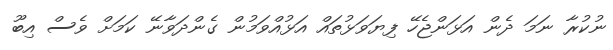
ނުކުރާ ނަމަ ދެން އަޅަންޖެހޭ ފިޔަވަޅުތައް އަޅުއްވަމުން ގެންދަވާނޭ ކަމަށް ވެސް އިބޫ